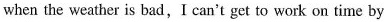
when the weather is bad,I can't get to work on time by